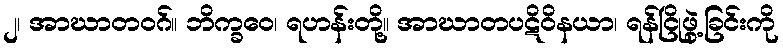
၂၊ အာဃာတဝဂ်။ ဘိက္ခဝေ၊ ရဟန်းတို့။ အာဃာတပဋိဝိနယာ၊ ရန်ငြိုဖွဲ့ခြင်းကို